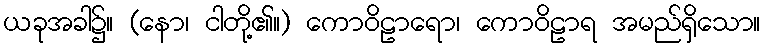
ယခုအခါ၌။ (နော၊ ငါတို့၏။) ကောဝိဠာရော၊ ကောဝိဠာရ အမည်ရှိသော။